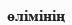
өлімінің